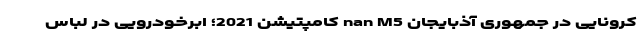
کرونایی در جمهوری آذبایجان nan M5 کامپتیشن 2021؛ ابرخودرویی در لباس